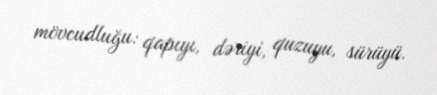
mövcudluğu: qapıyı, dəriyi, quzuyu, sürüyü.